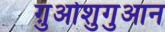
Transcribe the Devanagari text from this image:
ग़ुओशुगुआन